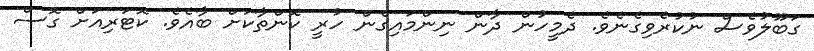
ގަބޫލުވެސް ނުކުރެވިގެނެވެ. ދެމީހުން ދާން ނިންމައިގެން ހުރީ ކޮންތާކަށް ބާއެވެ. ކޮޓަރިއަށް ގޮސް